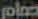
صمام